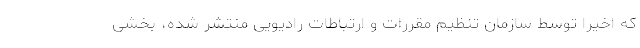
که اخیرا توسط سازمان تنظیم مقررات و ارتباطات رادیویی منتشر شده، بخشی